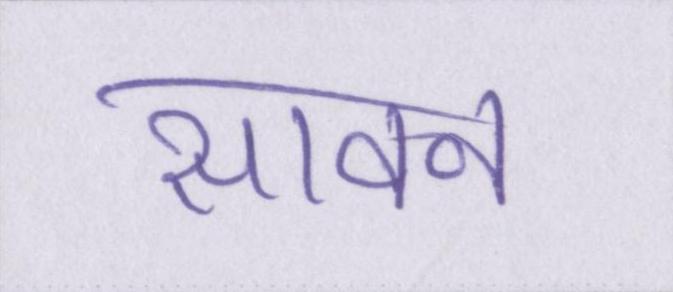
सावन